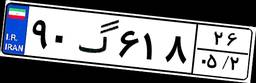
۹۰گ۶۱۸۲۶